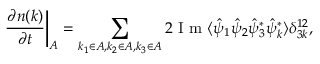
\frac { \partial n ( k ) } { \partial t } \biggr \rvert _ { A } = \sum _ { k _ { 1 } \in A , k _ { 2 } \in A , k _ { 3 } \in A } 2 \textnormal { I m } \langle \hat { \psi } _ { 1 } \hat { \psi } _ { 2 } \hat { \psi } _ { 3 } ^ { \ast } \hat { \psi } _ { k } ^ { \ast } \rangle \delta _ { 3 k } ^ { 1 2 } ,